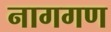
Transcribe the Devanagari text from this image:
नागगण